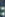
: